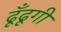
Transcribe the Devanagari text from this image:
ढूँढूगी